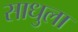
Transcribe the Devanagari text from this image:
साधुला